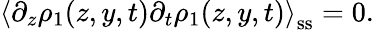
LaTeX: \left\langle\partial_{z}\rho_{1}(z,y,t)\partial_{t}\rho_{1}(z,y,t)\right\rangle_{\mathrm{ss}}=0.